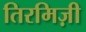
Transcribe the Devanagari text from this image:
तिरमिज़ी